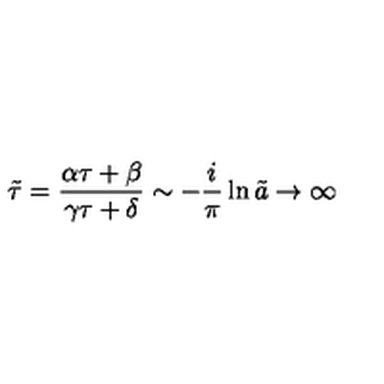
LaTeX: \tilde { \tau } = \frac { \alpha \tau + \beta } { \gamma \tau + \delta } \sim - \frac { i } { \pi } \ln \tilde { a } \rightarrow \infty